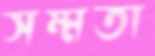
সম্মতা